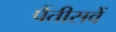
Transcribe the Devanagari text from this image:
पैंतीसवें